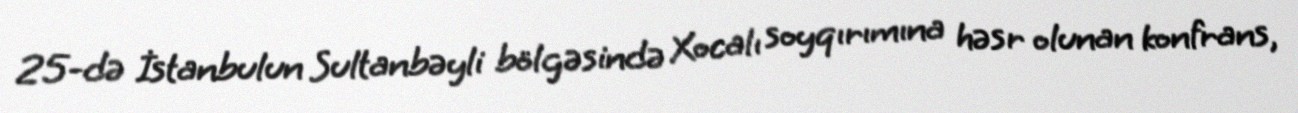
25-də İstanbulun Sultanbəyli bölgəsində Xocalı soyqırımına həsr olunan konfrans,